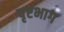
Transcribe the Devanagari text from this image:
पृष्टभाग